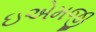
ઇએમજી